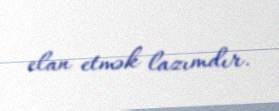
elan etmək lazımdır.